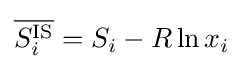
{\overline {S_{i}^{\text{IS}}}}=S_{i}-R\ln x_{i}